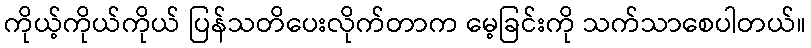
ကိုယ့်ကိုယ်ကိုယ် ပြန်သတိပေးလိုက်တာက မေ့ခြင်းကို သက်သာစေပါတယ်။